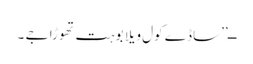
ــ’’ساڈے کول ویلا بوہت تھوڑا جے ۔